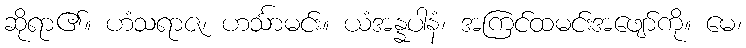
ဆိုရာ၏။ ဟံသရာဇ၊ ဟင်္သာမင်း။ ယံအန္နပါနံ၊ အကြင်ထမင်းအဖျော်ကို။ မေ၊